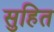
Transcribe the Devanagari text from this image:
सुहित